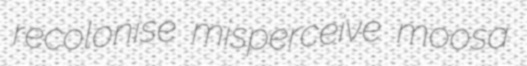
recolonise misperceive moosa